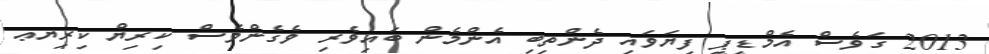
2013 ގަވެސް އެމްޑީޕީ ފިޔަވައި ދެންތިބި އެންމެން ބައިވެރި ވެގެންވެސް ކިރިޔް ކިރިޔޢ